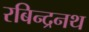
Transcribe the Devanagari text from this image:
रबिन्द्रनथ